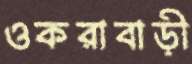
ওকরাবাড়ী